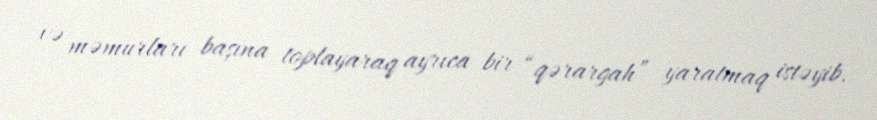
və məmurları başına toplayaraq ayrıca bir “qərargah” yaratmaq istəyib.